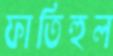
ফাতিহুল